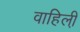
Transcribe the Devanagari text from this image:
वाहिली़